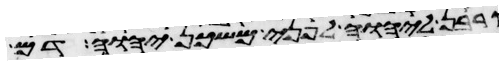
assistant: קרבן ליהוה לפני משכן יהוה דם